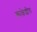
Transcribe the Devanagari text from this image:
काकेशीय